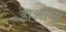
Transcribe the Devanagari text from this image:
डाओगा